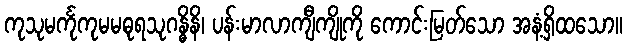
ကုသုမင်္ကုကုမမဓုရသုဂန္ဓိနိ၊ ပန်းမာလာကျီကျိုကို ကောင်းမြတ်သော အနံ့ရှိထသော။